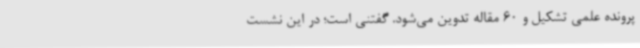
پرونده علمی تشکیل و 60 مقاله تدوین می‌شود. گفتنی است؛ در این نشست